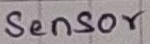
Text: Sensor